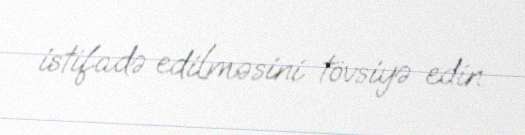
istifadə edilməsini tövsiyə edin.